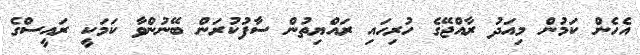
އެހެން ކަމުން މިއަދު ރާއްޖޭގެ ހުރިހައި ރައްޔިތުން ސާފުކުރަން ބޭނުންވާ ކަމަކީ ރައީސްގެ